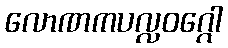
လောဏကပလ္လဝဂ္ဂေါ